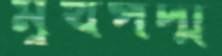
মুখপদ্ম